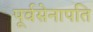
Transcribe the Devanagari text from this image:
पूर्वसेनापति